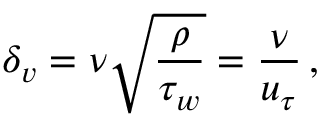
\delta _ { v } = \nu \sqrt { \frac { \rho } { \tau _ { w } } } = \frac { \nu } { u _ { \tau } } \, ,